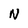
Character: N